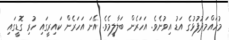
މުހައްމަދުފުޅުގެ އަޑު އިވުނެވެ. އަހަރެން ބަލާލީމެވެ. އޭނަ އަހަރެން ކައިރީގައި ހުރި ގޮޑީގައި